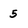
Character: 5